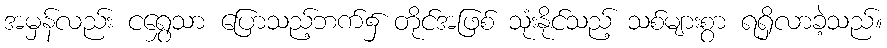
အမှန်လည်း ငရွှေသာ ပြောသည့်ဘက်၌ တိုင်အဖြစ် သုံးနိုင်သည့် သစ်များစွာ ရရှိလာခဲ့သည်။